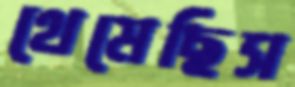
থেমেছিস